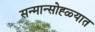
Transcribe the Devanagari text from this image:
सन्मान्सोह्ळ्यात